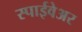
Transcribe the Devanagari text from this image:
स्पाईवेअर